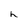
Character: h